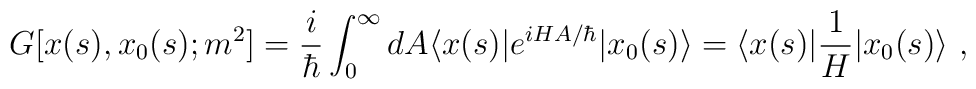
G[x(s),x_0(s);m^2]={i\over\hbar}	\int_0^\infty dA \langle x(s)|e^{i H A/\hbar}	| x_0(s)\rangle = \langle x(s)|{1\over H}| x_0(s)\rangle \ ,